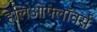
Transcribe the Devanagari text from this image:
हेलिओफ्लॉवर्स